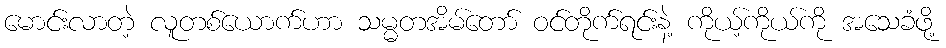
မောင်းလာတဲ့ လူတစ်ယောက်ဟာ သမ္မတအိမ်တော် ဝင်တိုက်ရင်းနဲ့ ကိုယ့်ကိုယ်ကို အသေခံဖို့